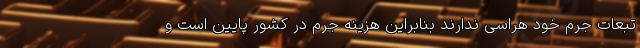
تبعات جرم خود هراسی ندارند بنابراین هزینه جرم در کشور پایین است و